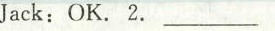
Jack:OK.2. ___